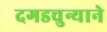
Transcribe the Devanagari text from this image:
दगडचुन्याने